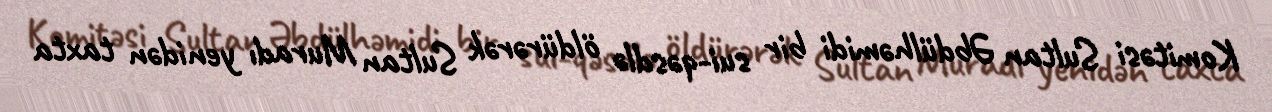
Komitəsi Sultan Əbdülhəmidi bir sui-qəsdlə öldürərək Sultan Muradı yenidən taxta